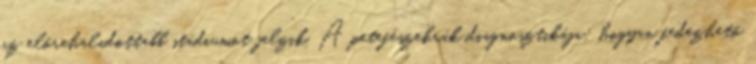
az előrehaladottabb stádiumot jelzik. A petefészekrák diagnosztikája: hogyan fedezhető